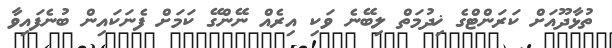
ތުޅާދޫއަށް ކަރަންޓްގެ ޚިދުމަތް ލިބޭނެ ވަކި އިރެއް ނޭންގޭ ކަމަށް ފެނަކައިން ބުނެފައިވާ